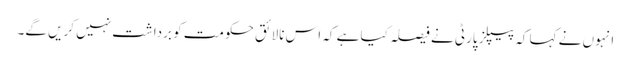
انہوں نے کہا کہ پیپلز پارٹی نے فیصلہ کیا ہے کہ اس نالائق حکومت کو برداشت نہیں کریں گے۔